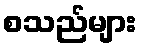
စသည်များ